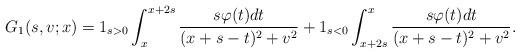
LaTeX: \begin{align*}G_1(s,v;x)=1_{s>0}\int_{x}^{x+2s}\frac{s\varphi(t)dt}{(x+s-t)^2+v^2}+1_{s<0}\int_{x+2s}^{x}\frac{s\varphi(t)dt}{(x+s-t)^2+v^2}.\end{align*}